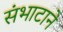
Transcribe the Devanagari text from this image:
संभाटाने